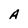
Character: A